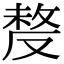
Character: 𠭰